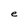
Character: e